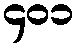
၄၀၁